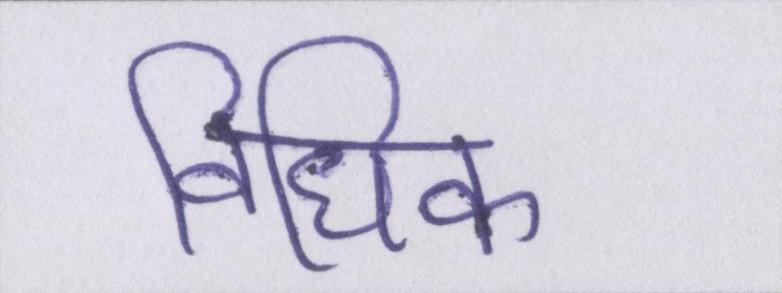
विधिक